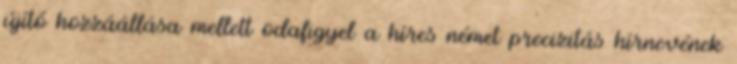
újító hozzáállása mellett odafigyel a híres német precizitás hírnevének